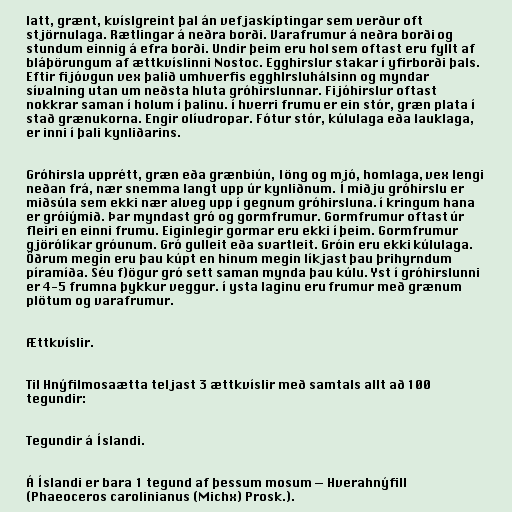
latt, grænt, kvíslgreint þal án vefjaskíptingar sem verður oft
stjörnulaga. Rætlingar á neðra borði. Varafrumur á neðra borði og
stundum einnig á efra borði. Undir þeim eru hol sem oftast eru fyllt af
bláþörungum af ættkvíslinni Nostoc. Egghirslur stakar í yfirborði þals.
Eftir fijóvgun vex þalið umhverfis egghlrsluhálsinn og myndar
sívalning utan um neðsta hluta gróhirslunnar. Fijóhirslur oftast
nokkrar saman í holum í þalinu. í hverri frumu er ein stór, græn plata í
stað grænukorna. Engir olíudropar. Fótur stór, kúlulaga eða lauklaga,
er inni í þali kynliðarins.

Gróhirsla upprétt, græn eða grænbiún, Iöng og mjó, homlaga, vex lengi
neðan frá, nær snemma langt upp úr kynliðnum. Í miðju gróhirslu er
miðsúla sem ekki nær alveg upp í gegnum gróhirsluna. í kringum hana
er gróiýmið. Þar myndast gró og gormfrumur. Gormfrumur oftast úr
fleiri en einni frumu. Eiginlegir gormar eru ekki í þeim. Gormfrumur
gjörólíkar gróunum. Gró gulleit eða svartleit. Gróin eru ekki kúlulaga.
Öðrum megin eru þau kúpt en hinum megin líkjast þau þrihyrndum
píramíða. Séu f)ögur gró sett saman mynda þau kúlu. Yst í gróhirslunni
er 4-5 frumna þykkur veggur. í ysta laginu eru frumur með grænum
plötum og varafrumur.

Ættkvíslir.

Til Hnýfilmosaætta teljast 3 ættkvíslir með samtals allt að 100
tegundir:

Tegundir á Íslandi.

Á Íslandi er bara 1 tegund af þessum mosum — Hverahnýfill
(Phaeoceros carolinianus (Michx) Prosk.).